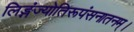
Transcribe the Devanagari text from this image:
लिङ्गंज्योतिरूपंसनातनम्।